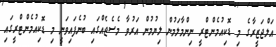
އަލްޖަޒީރާގެ މި ޑޮކިއުމެންޓްރީ ނިންމާލަމުން ލިޔުމުން އަރުވާ މެސެޖެއްގައި ބުނެފައިވަނީ މި ޑޮކިއުމެންޓްރީގައި